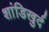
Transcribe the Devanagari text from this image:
शांडिखुर्द